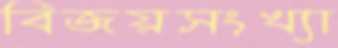
বিজয়সংখ্যা